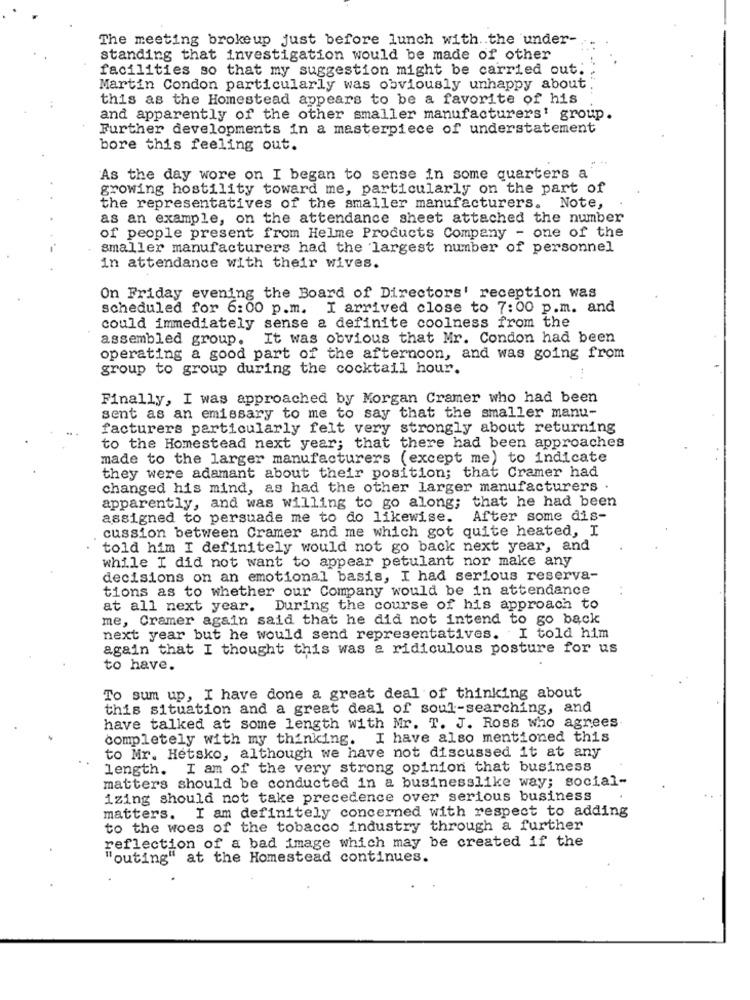
The meeting brokeup just before lunch with. . the under-
standing that investigation would be made of other
facilities so that my suggestion might be carried out.
Martin Condon particularly was obviously unhappy about
this as the Homestead appears to be a favorite of his
and apparently of the other smaller manufacturers' group.
Further developments in a masterpiece of understatement
bore this feeling out.
As the day wore on I began to sense in some quarters a
growing hostility toward me, particularly on the part of
the representatives of the smaller manufacturers. Note,
as an example, on the attendance sheet attached the number
of people present from Helme Products Company - one of the
smaller manufacturers had the largest number of personnel
in attendance with their wives.
On Friday evening the Board of Directors' reception was
scheduled for 6:00 p.m. I arrived close to 7:00 p.m. and
could immediately sense a definite coolness from the
assembled group. It was obvious that Mr. Condon had been
operating a good part of the afternoon, and was going from
group to group during the cocktail hour.
Finally, I was approached by Morgan Cramer who had been
sent as an emissary to me to say that the smaller manu-
facturers particularly felt very strongly about returning
to the Homestead next year; that there had been approaches
made to the larger manufacturers (except me) to indicate
they were adamant about their position; that Cramer had
changed his mind, as had the other larger manufacturers .
apparently, and was willing to go along; that he had been
assigned to persuade me to do likewise.
After some dis-
cussion between Cramer and me which got quite heated, I
told him I definitely would not go back next year, and
while I did not want to appear petulant nor make any
decisions on an emotional basis, I had serious reserva-
tions as to whether our Company would be in attendance
at all next year. During the course of his approach to
me, Cramer again said that he did not intend to go back
next year but he would send representatives. I told him
again that I thought this was a ridiculous posture for us
to have.
To sum up, I have done a great deal of thinking about
this situation and a great deal of soul-searching, and
have talked at some length with Mr. T. J. Ross who agrees
completely with my thinking. I have also mentioned this
to Mr. Hetsko, although we have not discussed it at any
length. I am of the very strong opinion that business
matters should be conducted in a businesslike way; social-
izing should not take precedence over serious business
matters. I am definitely concerned with respect to adding
to the woes of the tobacco industry through a further
reflection of a bad image which may be created if the
"outing" at the Homestead continues.